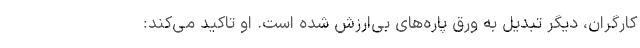
کارگران، دیگر تبدیل به ورق پاره‌های بی‌ارزش شده است. او تاکید می‌کند: